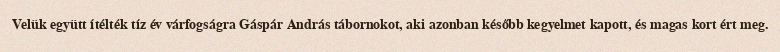
Velük együtt ítélték tíz év várfogságra Gáspár András tábornokot, aki azonban később kegyelmet kapott, és magas kort ért meg.